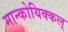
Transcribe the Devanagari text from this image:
मान्कोयिक्कल्